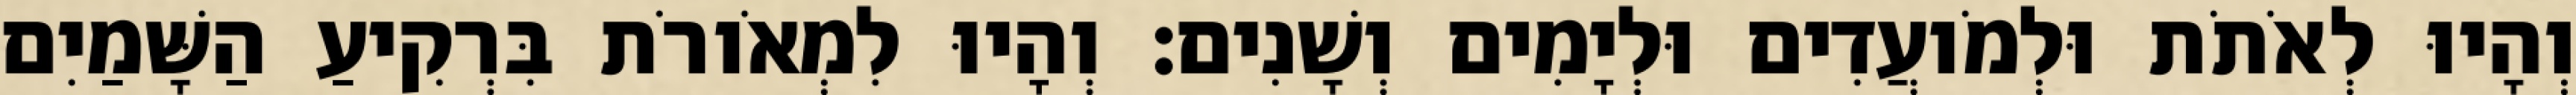
וְהָיוּ לְאֹתֹת וּלְמֹועֲדִים וּלְיָמִים וְשָׁנִים׃ וְהָיוּ לִמְאֹורֹת בִּרְקִיעַ הַשָּׁמַיִם